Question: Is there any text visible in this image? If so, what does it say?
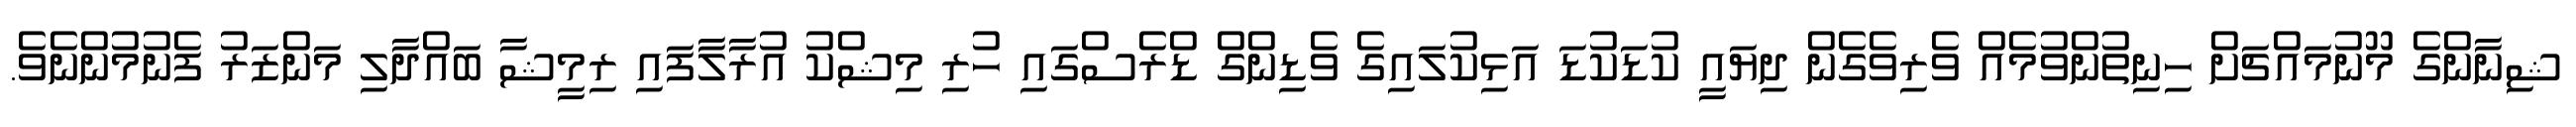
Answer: ޝިނާންގެ މޫނުމައްޗަށް ހިނިތުންވުމެއް ވެރިވެގެން ދިޔައީ ކުޑަކުޑަ އަޅިކުލައިގެ ވެޑިންގް ޑްރެސްގައި ހުރި މިޝްކު އުރާލާފައި ރިމީޝާ ބައްދާލި މަންޒަރު ފެނުމުންނެވެ.